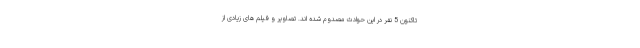
تاکنون 5 نفر در این حوادث مصدوم شده اند. تصاویر و فیلم های زیادی از